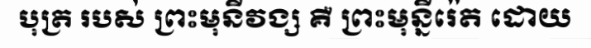
បុត្រ របស់ ព្រះមុនីវង្ស គឺ ព្រះមុន្នីរ៉េត ដោយ